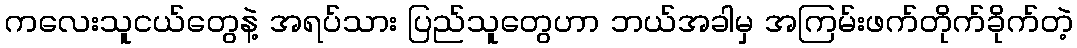
ကလေးသူငယ်တွေနဲ့ အရပ်သား ပြည်သူတွေဟာ ဘယ်အခါမှ အကြမ်းဖက်တိုက်ခိုက်တဲ့